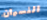
النسيان